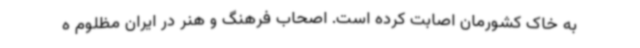
به خاک کشورمان اصابت کرده است. اصحاب فرهنگ و هنر در ایران مظلوم ه